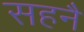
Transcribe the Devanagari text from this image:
सहनै